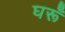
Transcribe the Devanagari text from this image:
घरूँ